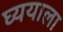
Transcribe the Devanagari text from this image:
घ्ययाला